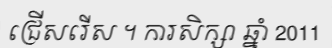
ជ្រើសរើស ។ ការសិក្សា ឆ្នាំ 2011